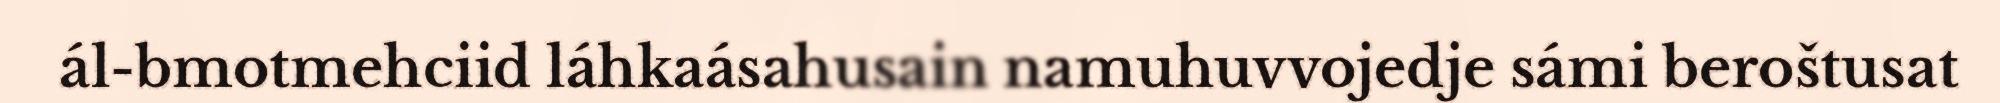
ál-bmotmehciid láhkaásahusain namuhuvvojedje sámi beroštusat